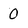
Character: 0